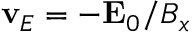
{ \bf v } _ { E } = - { \bf E } _ { 0 } / B _ { x }